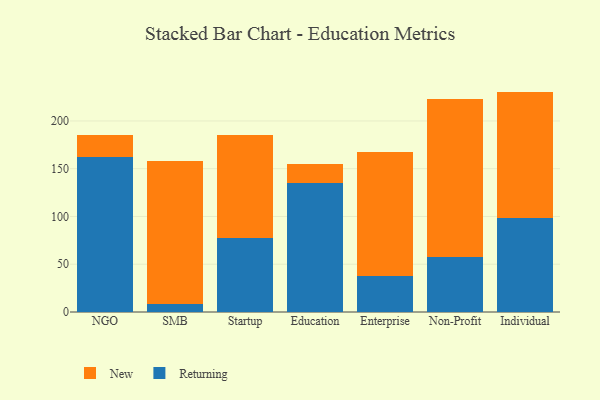
{"axis": {"x": "Segment", "y": "Demand Index"}, "legend": ["New", "Returning"], "data": [{"x": "NGO", "y": 162.1, "type": "Returning"}, {"x": "NGO", "y": 22.8, "type": "New"}, {"x": "SMB", "y": 8.2, "type": "Returning"}, {"x": "SMB", "y": 149.5, "type": "New"}, {"x": "Startup", "y": 77.1, "type": "Returning"}, {"x": "Startup", "y": 108.7, "type": "New"}, {"x": "Education", "y": 135.1, "type": "Returning"}, {"x": "Education", "y": 20.2, "type": "New"}, {"x": "Enterprise", "y": 37.6, "type": "Returning"}, {"x": "Enterprise", "y": 130.2, "type": "New"}, {"x": "Non-Profit", "y": 57.1, "type": "Returning"}, {"x": "Non-Profit", "y": 165.5, "type": "New"}, {"x": "Individual", "y": 98.3, "type": "Returning"}, {"x": "Individual", "y": 132.4, "type": "New"}]}